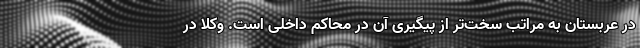
در عربستان به مراتب سخت‌تر از پیگیری آن در محاکم داخلی است. وکلا در